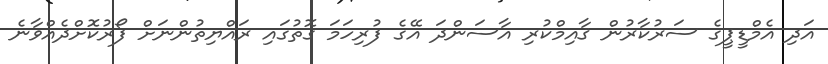
އަދި އެމްޑީޕީގެ ސަރުކާރުން ޤާއިމްކުރި އާސަންދަ އޭގެ ފުރިހަމަ ގޮތުގައި ރައްޔިތުންނަށް ފޯރުކޮށްދެއްވާނެ